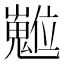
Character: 𡾵